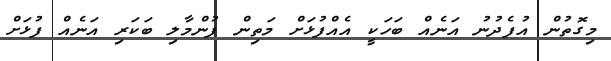
މިގޮތުން އުފެދުނު އަނެއް ބަހަކީ އެއްފުޅަށް މަތިން ފުންމާލި ބަކަރި އަނެއް ފުޅަށް